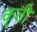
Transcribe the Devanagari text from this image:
कॄती